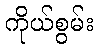
ကိုယ်စွမ်း